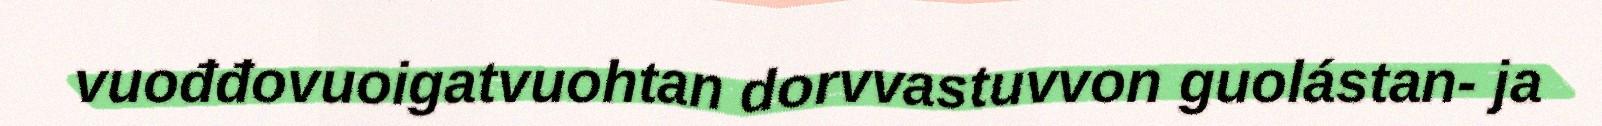
vuođđovuoigatvuohtan dorvvastuvvon guolástan- ja